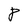
Character: 8